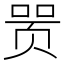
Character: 𬱞